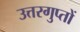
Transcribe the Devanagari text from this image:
उत्तरगुप्तों